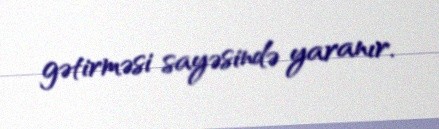
gətirməsi sayəsində yaranır.